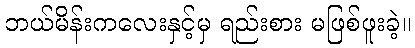
ဘယ်မိန်းကလေးနှင့်မှ ရည်းစား မဖြစ်ဖူးခဲ့။